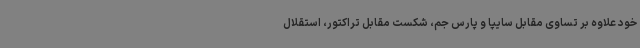
خود علاوه بر تساوی مقابل سایپا و پارس جم، شکست مقابل تراکتور، استقلال